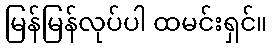
မြန်မြန်လုပ်ပါ ထမင်းရှင်။